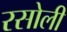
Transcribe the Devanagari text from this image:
रसोली